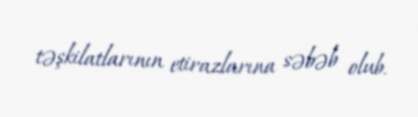
təşkilatlarının etirazlarına səbəb olub.